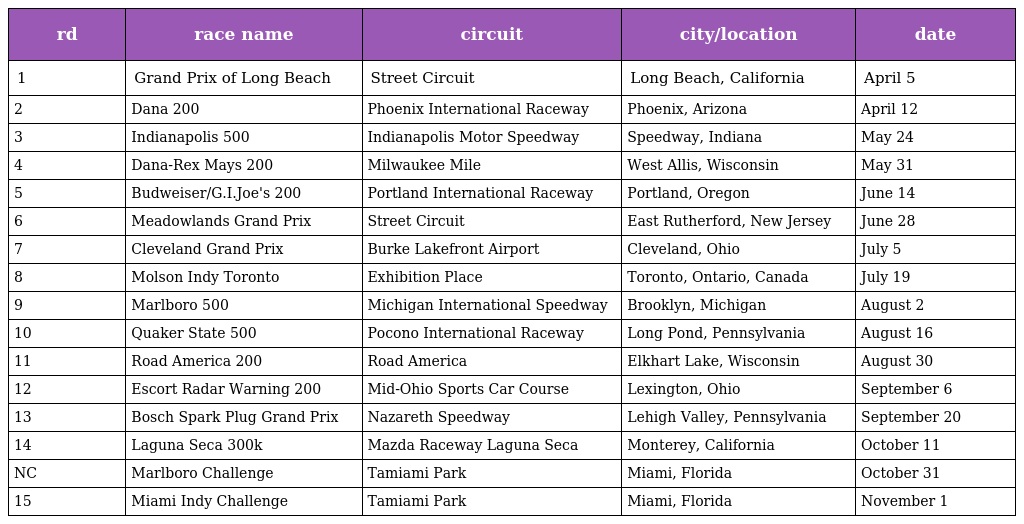
| rd | race name | circuit | city/location | date |
 | --- | --- | --- | --- | --- |
 | 1 | Grand Prix of Long Beach | Street Circuit | Long Beach, California | April 5 |
 | 2 | Dana 200 | Phoenix International Raceway | Phoenix, Arizona | April 12 |
 | 3 | Indianapolis 500 | Indianapolis Motor Speedway | Speedway, Indiana | May 24 |
 | 4 | Dana-Rex Mays 200 | Milwaukee Mile | West Allis, Wisconsin | May 31 |
 | 5 | Budweiser/G.I.Joe's 200 | Portland International Raceway | Portland, Oregon | June 14 |
 | 6 | Meadowlands Grand Prix | Street Circuit | East Rutherford, New Jersey | June 28 |
 | 7 | Cleveland Grand Prix | Burke Lakefront Airport | Cleveland, Ohio | July 5 |
 | 8 | Molson Indy Toronto | Exhibition Place | Toronto, Ontario, Canada | July 19 |
 | 9 | Marlboro 500 | Michigan International Speedway | Brooklyn, Michigan | August 2 |
 | 10 | Quaker State 500 | Pocono International Raceway | Long Pond, Pennsylvania | August 16 |
 | 11 | Road America 200 | Road America | Elkhart Lake, Wisconsin | August 30 |
 | 12 | Escort Radar Warning 200 | Mid-Ohio Sports Car Course | Lexington, Ohio | September 6 |
 | 13 | Bosch Spark Plug Grand Prix | Nazareth Speedway | Lehigh Valley, Pennsylvania | September 20 |
 | 14 | Laguna Seca 300k | Mazda Raceway Laguna Seca | Monterey, California | October 11 |
 | NC | Marlboro Challenge | Tamiami Park | Miami, Florida | October 31 |
 | 15 | Miami Indy Challenge | Tamiami Park | Miami, Florida | November 1 |